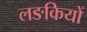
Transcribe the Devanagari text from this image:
लङकियों